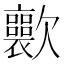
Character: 𣤽